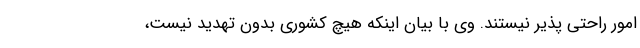
امور راحتی پذیر نیستند. وی با بیان اینکه هیچ کشوری بدون تهدید نیست،